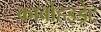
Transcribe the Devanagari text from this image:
कार्बोहइड्रेट